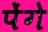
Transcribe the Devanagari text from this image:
पेंगे